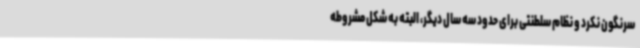
سرنگون نکرد و نظام سلطنتی برای حدود سه سال دیگر، البته به شکل مشروطه